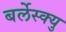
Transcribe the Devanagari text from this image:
बर्लेस्क्यु